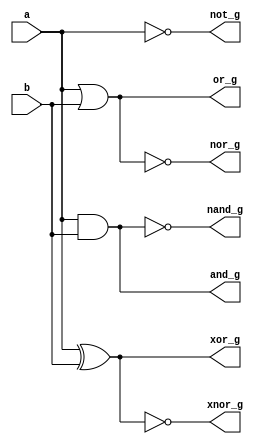
// This program was cloned from: https://github.com/ekb0412/100DaysofRTL
// License: Apache License 2.0

`timescale 1ns / 1ps

module logic_gates(
    input a, b,
    output reg and_g,
    output reg or_g,
    output reg not_g,
    output reg nand_g,
    output reg nor_g,
    output reg xor_g,
    output reg xnor_g
    );
    always@(*)
        begin
            and_g = a&b;
            or_g = a|b;
            not_g = ~a;
            nand_g = ~(a&b);
            nor_g = ~(a|b);
            xor_g = a^b;
            xnor_g = ~(a^b);
        end
    
endmodule